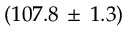
( 1 0 7 . 8 \, \pm \, 1 . 3 )